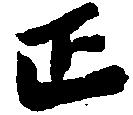
正